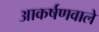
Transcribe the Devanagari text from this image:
आकर्षणवाले